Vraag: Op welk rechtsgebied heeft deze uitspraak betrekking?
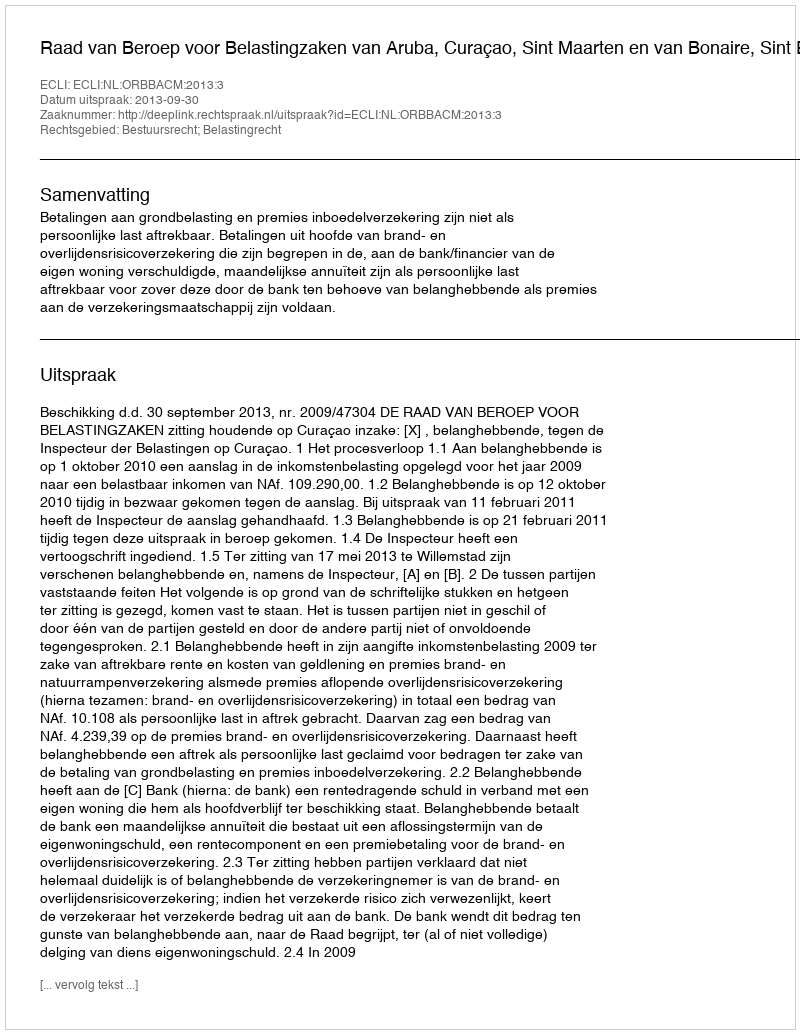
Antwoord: Bestuursrecht; Belastingrecht